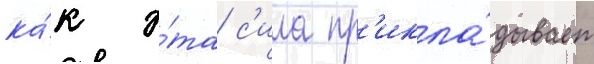
ка́к э́та с'ила пр'икла́дывает